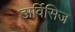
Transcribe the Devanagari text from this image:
डार्विसिज